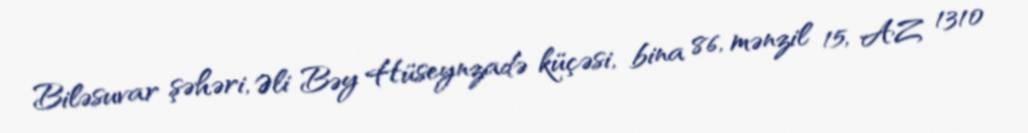
Biləsuvar şəhəri, Əli Bəy Hüseynzadə küçəsi, bina 86, mənzil 15, AZ 1310